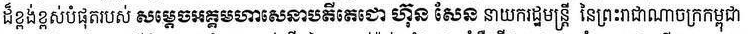
ដ៏ខ្ពង់ខ្ពស់បំផុតរបស់ សម្ដេចអគ្គមហាសេនាបតីតេជោ ហ៊ុន សែន នាយករដ្ឋមន្រ្តី នៃព្រះរាជាណាចក្រកម្ពុជា